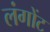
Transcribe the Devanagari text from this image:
लंगोंट